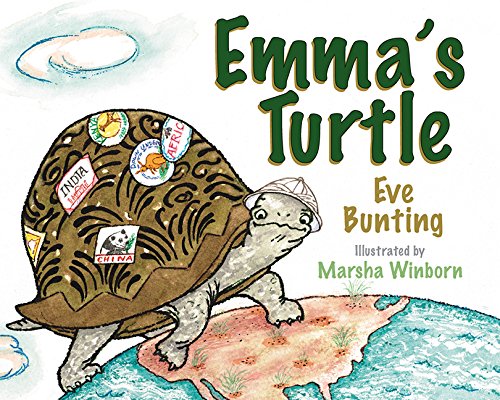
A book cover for Emma's Turtle; Eve Bunting; Children's Books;